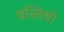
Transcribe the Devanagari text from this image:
वस्तियो